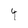
Character: 4